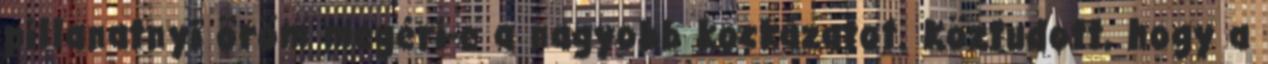
pillanatnyi öröm megéri-e a nagyobb kockázatot. Köztudott, hogy a